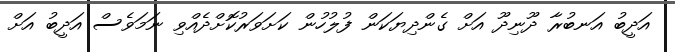
އަދީބު އަނބުރާ ދޫނިދޫ އަށް ގެންދިޔަކަން ފުލުހުން ކަށަވަރުކޮށްދެއްވި ނަމަވެސް އަދީބު އަށް